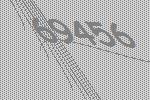
69456